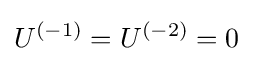
U^{\left(-1\right)}=U^{\left(-2\right)}=0